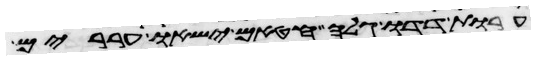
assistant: ערות דדו גלה חטאם ישאו עררים